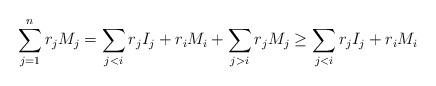
LaTeX: \begin{align*}\sum_{j = 1}^n r_jM_j = \sum_{j < i} r_jI_j + r_iM_i + \sum_{j > i} r_jM_j \geq \sum_{j < i} r_jI_j + r_iM_i \end{align*}